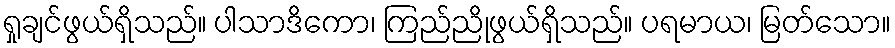
ရှုချင်ဖွယ်ရှိသည်။ ပါသာဒိကော၊ ကြည်ညိုဖွယ်ရှိသည်။ ပရမာယ၊ မြတ်သော။